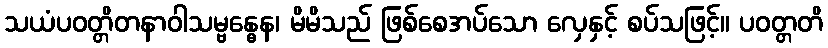
သယံပဝတ္တိတနာဝါသမ္ဗန္ဓေန၊ မိမိသည် ဖြစ်စေအပ်သော လှေနှင့် စပ်သဖြင့်။ ပဝတ္တတိ